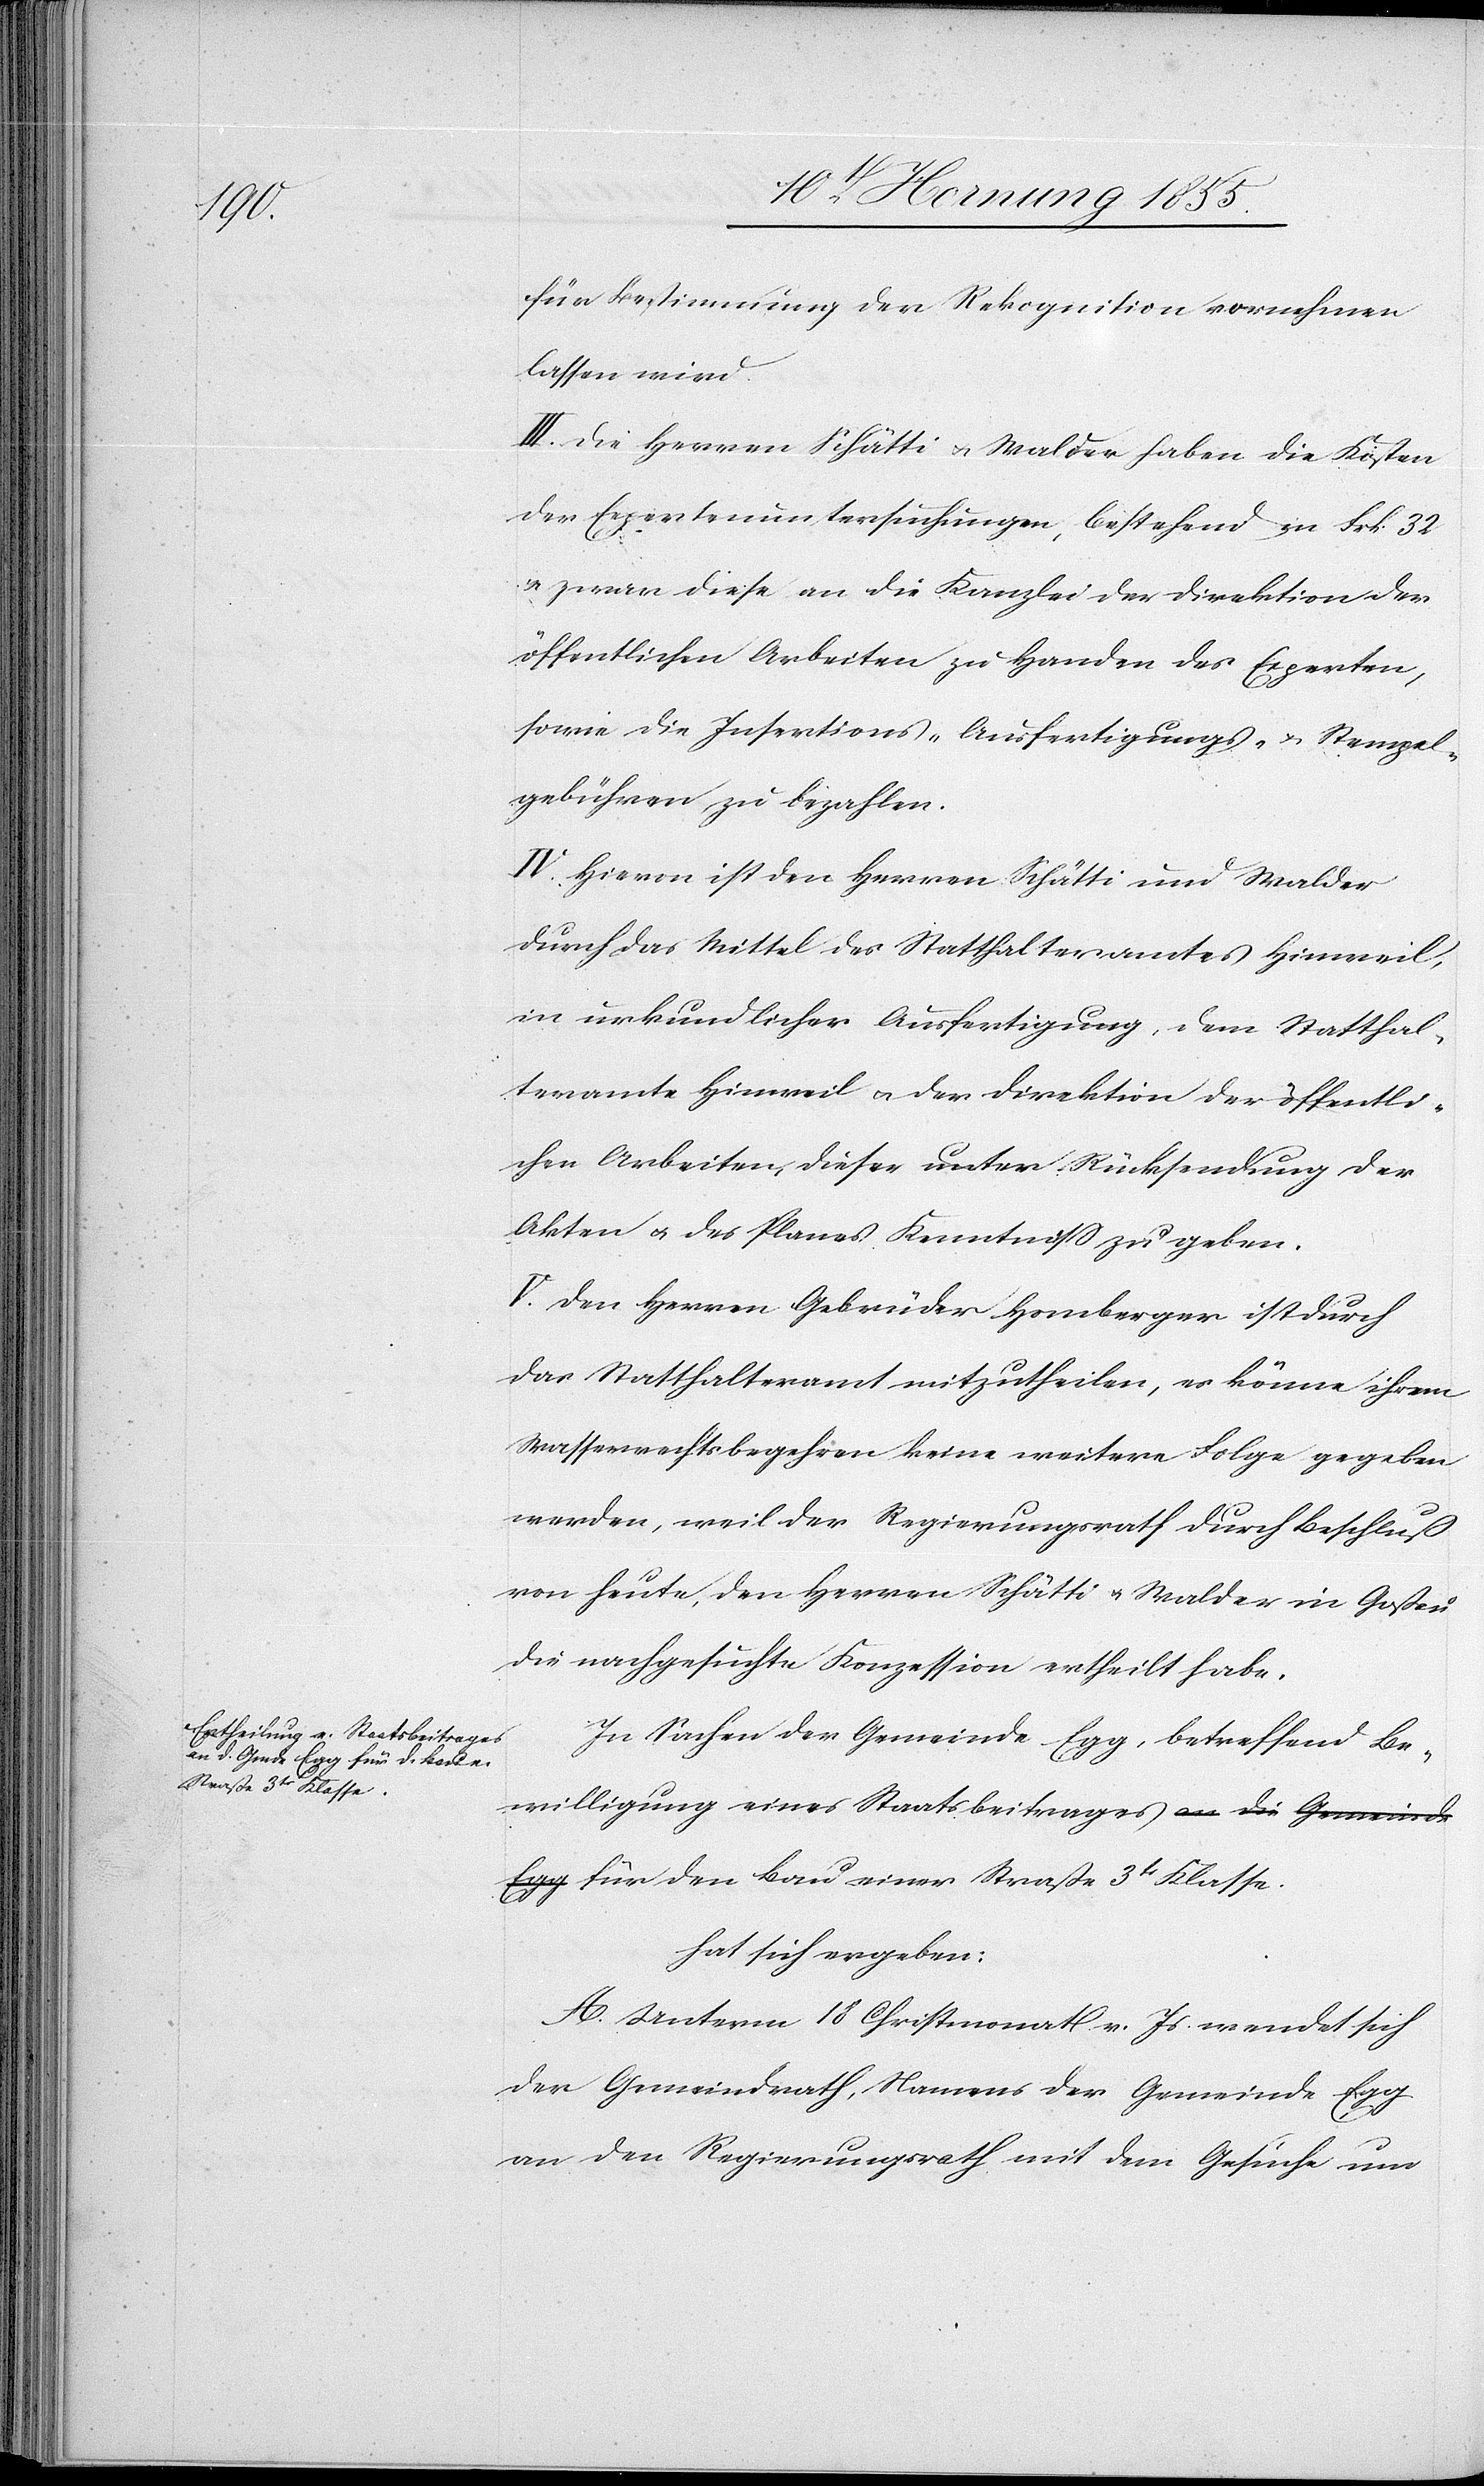
für Bestimmung der Rekognition vornehmen
lassen wird.
III. Die Herren Schätti & Walder haben die Kosten
der Expertenuntersuchungen, bestehend in Frk. 32
& zwar diese an die Kanzlei der Direktion der
öffentlichen Arbeiten zu Handen des Experten,
sowie die Insertions-[,] Ausfertigungs- & Stempel¬
gebühren zu bezahlen.
IV. Hievon ist den Herren Schätti und Walder
durch das Mittel des Statthalteramtes Hinweil,
in urkundlicher Ausfertigung, dem Statthal¬
teramte Hinweil & der Direktion der öffentli¬
chen Arbeiten, dieser unter Rücksendung der
Akten & des Planes Kenntniß zu geben.
V. Den Herren Gebrüder Homberger ist durch
das Statthalteramt mitzutheilen, es könne ihrem
Wasserrechtsbegehren keine weitere Folge gegeben
werden, weil der Regierungsrath durch Beschluß
von heute, den Herren Schätti & Walder in Goßau
die nachgesuchte Konzession ertheilt habe.
In Sachen der Gemeinde Egg, betreffend Be¬
willigung eines Staatsbeitrages a-an die Gemeinde
Egg-a für den Bau einer Straße 3tr Klasse.
hat sich ergeben:
A. Unterm 18 Christmonat v. Js. wendet sich
der Gemeindrath, Namens der Gemeinde Egg
an den Regierungsrath mit dem Gesuche um